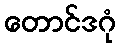
တောင်ဒဂုံ